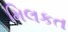
મિલકત